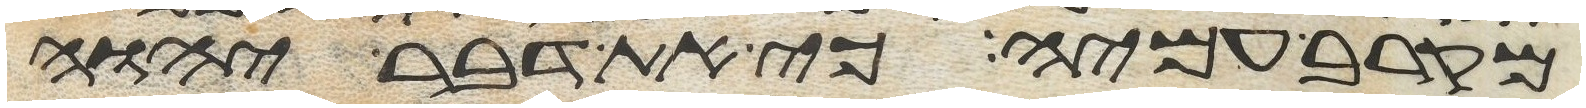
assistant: מקרב עמיה כי את דבר יהוה